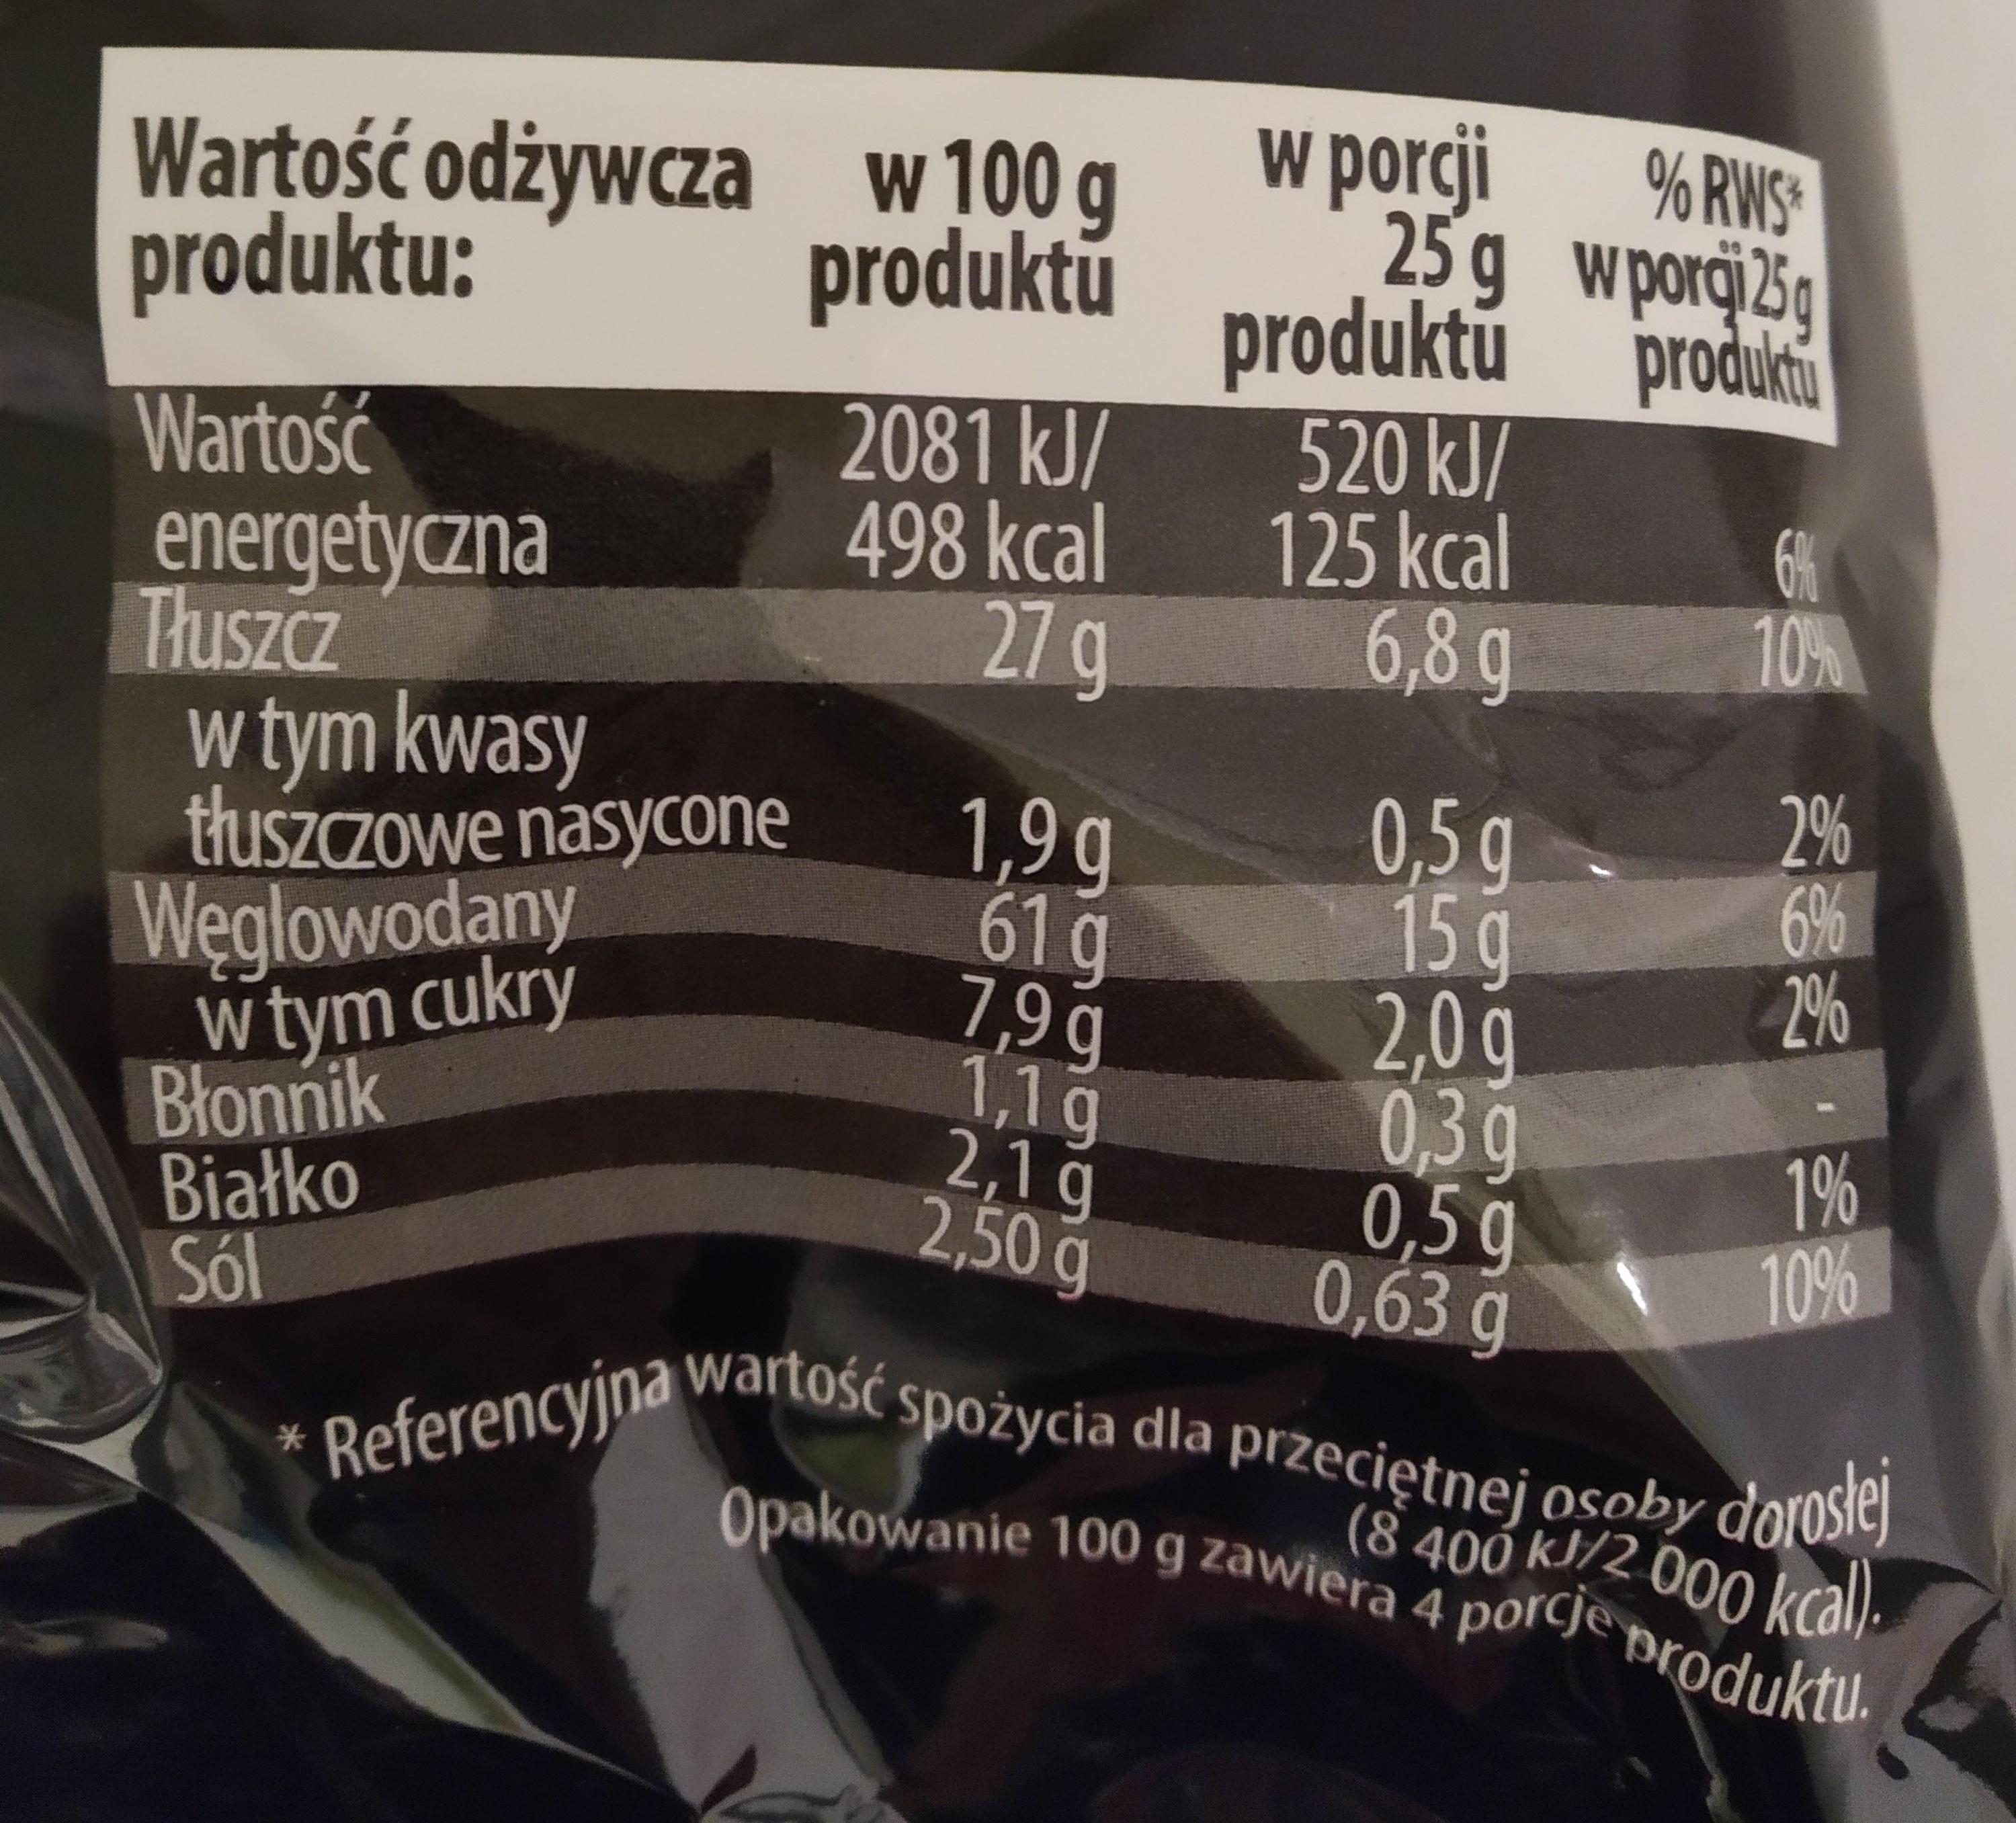
w porcji
% RWS*
Wartość odżywcza w 100 g produktu:
25 g wporci25g produktu produci. 520 kJ/ 125 kcal 6,8g
produktú
2081 kJ/ 498 kcal 27 g
Wartość energetyczna Thuszcz w tym kwasy thuszczowe nasycone Weglowodany w tym cukry Blonnik Białko Sól
6h 10%
2% 6% 2%
1,9g 61g 7,9g 1,1g 2,1g 2,50g
0,5g 15g 2,0g 0,3g 0,5g 0,63 g
19% 10%
* Referencyjna wartość spożycia dla przeciętnej osoby
dorostej (8 400 kJ/2 000 kcal):
*-
Opakowanie 100 g zawiera 4 porcje
produktu.
166